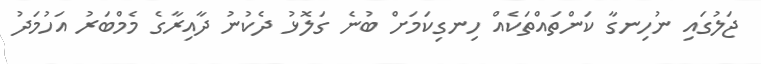
ޖަލުގައި ނުހިނގާ ކަންތައްތަކެއް ހިނގިކަމަށް ބުނެ ގަލޮޅު ދެކުނު ދާއިރާގެ މެމްބަރު އަހުމަދު